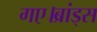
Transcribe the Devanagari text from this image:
गए।ब्रांड्स